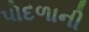
પોદળાની